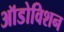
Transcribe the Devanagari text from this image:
ऑडोविशन